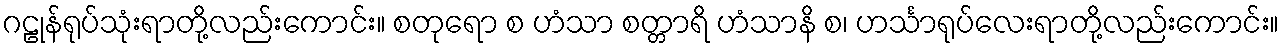
ဂဠုန်ရုပ်သုံးရာတို့လည်းကောင်း။ စတုရော စ ဟံသာ စတ္တာရိ ဟံသာနိ စ၊ ဟင်္သာရုပ်လေးရာတို့လည်းကောင်း။